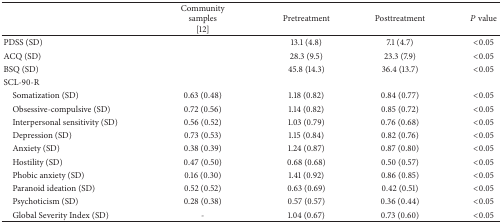
|  | Communitysamples [12] | Pretreatment | Posttreatment | P value |
 | --- | --- | --- | --- | --- |
 | PDSS (SD) |  | 13.1 (4.8) | 7.1 (4.7) | <0.05 |
 | ACQ (SD) |  | 28.3 (9.5) | 23.3 (7.9) | <0.05 |
 | BSQ (SD) |  | 45.8 (14.3) | 36.4 (13.7) | <0.05 |
 | SCL-90-R |  |  |  |  |
 | Somatization (SD) | 0.63 (0.48) | 1.18 (0.82) | 0.84 (0.77) | <0.05 |
 | Obsessive-compulsive (SD) | 0.72 (0.56) | 1.14 (0.82) | 0.85 (0.72) | <0.05 |
 | Interpersonal sensitivity (SD) | 0.56 (0.52) | 1.03 (0.79) | 0.76 (0.68) | <0.05 |
 | Depression (SD) | 0.73 (0.53) | 1.15 (0.84) | 0.82 (0.76) | <0.05 |
 | Anxiety (SD) | 0.38 (0.39) | 1.24 (0.87) | 0.87 (0.80) | <0.05 |
 | Hostility (SD) | 0.47 (0.50) | 0.68 (0.68) | 0.50 (0.57) | <0.05 |
 | Phobic anxiety (SD) | 0.16 (0.30) | 1.41 (0.92) | 0.86 (0.85) | <0.05 |
 | Paranoid ideation (SD) | 0.52 (0.52) | 0.63 (0.69) | 0.42 (0.51) | <0.05 |
 | Psychoticism (SD) | 0.28 (0.38) | 0.57 (0.57) | 0.36 (0.44) | <0.05 |
 | Global Severity Index (SD) | - | 1.04 (0.67) | 0.73 (0.60) | <0.05 |